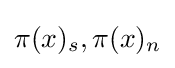
\pi (x)_{s},\pi (x)_{n}